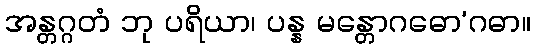
အန္တဂ္ဂတံ ဘု ပရိယာ၊ ပန္န မန္တောဂဓော’ဂဓာ။